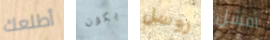
أطلعك يكون روسل أفشل